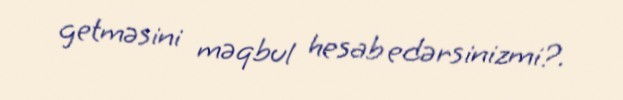
getməsini məqbul hesab edərsinizmi?.